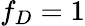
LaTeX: f_{D}=1